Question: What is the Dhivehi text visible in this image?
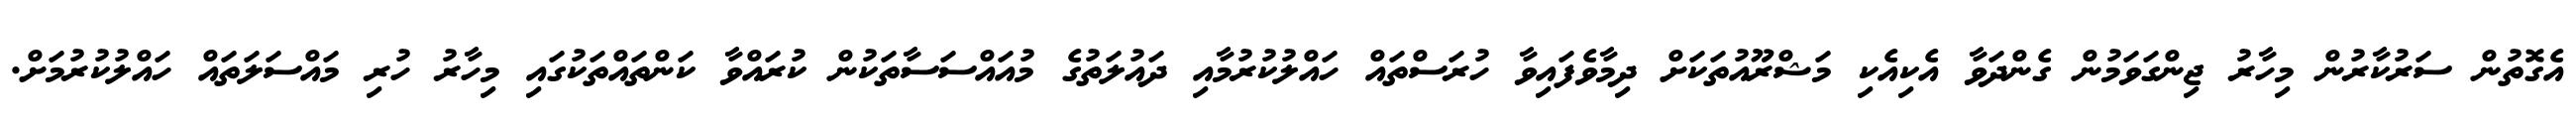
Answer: އެގޮތުން ސަރުކާރުން މިހާރު ޖިންގަވަމުން ގެންދަވާ އެކިއެކި މަޝްރޫއުތަކަށް ދިމާވެފައިވާ ހުރަސްތައް ހައްލުކުރުމާއި ދައުލަތުގެ މުއައްސަސާތަކުން ކުރައްވާ ކަންތައްތަކުގައި މިހާރު ހުރި މައްސަލަތައް ހައްލުކުރުމަށް.